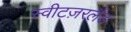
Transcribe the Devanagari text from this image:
स्वीटज़रलैंड